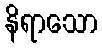
နိရာသော